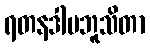
ရတနဒါမဘူသိတာ